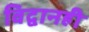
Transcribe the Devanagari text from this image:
विद्वानही